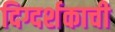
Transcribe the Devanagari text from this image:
दिग्दर्शकाची